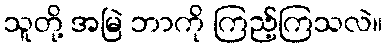
သူတို့ အမြဲ ဘာကို ကြည့်ကြသလဲ။